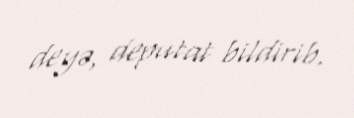
deyə, deputat bildirib.